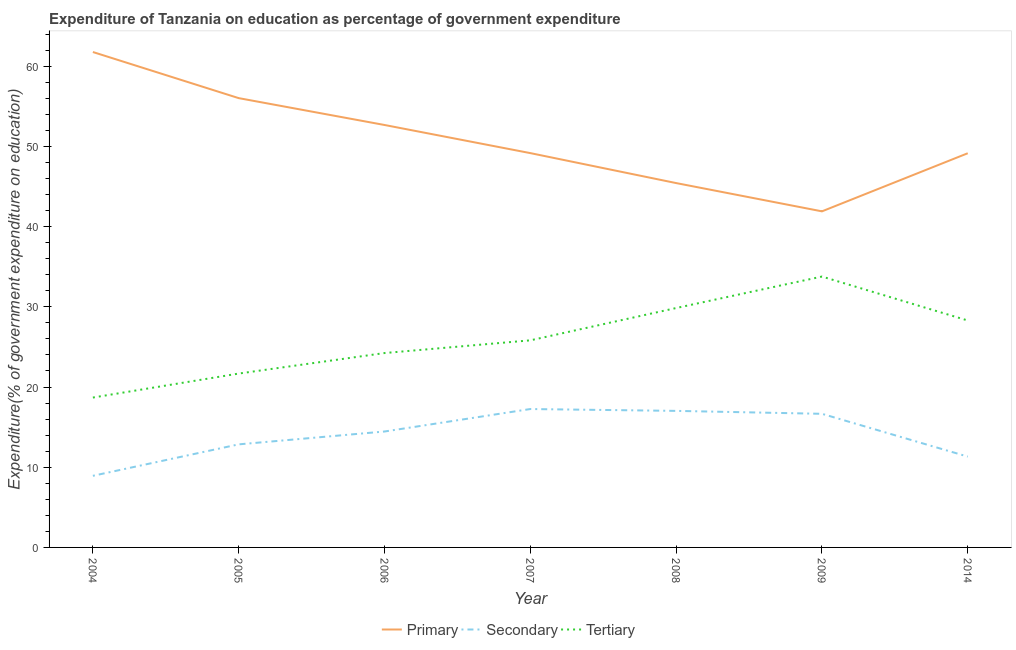
| Year | Primary | Secondary | Tertiary |
 | --- | --- | --- | --- |
 | 2004 | 61.8 | 8.93 | 18.7 |
 | 2005 | 56 | 12.9 | 21.7 |
 | 2006 | 52.7 | 14.5 | 24.2 |
 | 2007 | 49.2 | 17.3 | 25.8 |
 | 2008 | 45.4 | 17 | 29.9 |
 | 2009 | 41.9 | 16.7 | 33.8 |
 | 2014 | 49.2 | 11.3 | 28.3 |